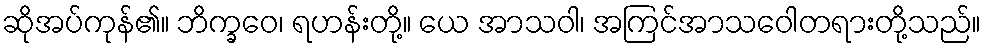
ဆိုအပ်ကုန်၏။ ဘိက္ခဝေ၊ ရဟန်းတို့။ ယေ အာသဝါ၊ အကြင်အာသဝေါတရားတို့သည်။